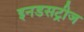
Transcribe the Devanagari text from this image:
इनडसट्रीज